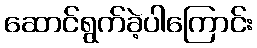
ဆောင်ရွက်ခဲ့ပါကြောင်း